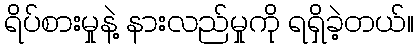
ရိပ်စားမှုနဲ့ နားလည်မှုကို ရရှိခဲ့တယ်။